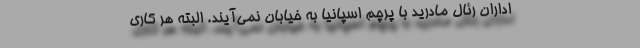
اداران رئال مادرید با پرچم اسپانیا به خیابان نمی‌آیند. البته هر کاری